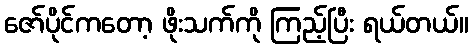
ဇော်ပိုင်ကတော့ ဖိုးသက်ကို ကြည့်ပြီး ရယ်တယ်။